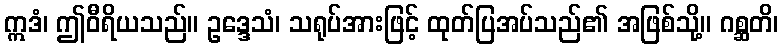
ဣဒံ၊ ဤဝီရိယသည်။ ဥဒ္ဒေသံ၊ သရုပ်အားဖြင့် ထုတ်ပြအပ်သည်၏ အဖြစ်သို့။ ဂစ္ဆတိ၊